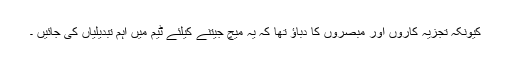
کیونکہ تجزیہ کاروں اور مبصروں کا دباؤ تھا کہ یہ میچ جیتنے کیلئے ٹیم میں اہم تبدیلیاں کی جائیں ۔